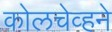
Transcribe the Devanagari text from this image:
कोलचेव्हने